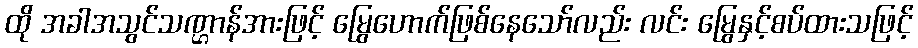
ထို အခါအသွင်သဏ္ဌာန်အားဖြင့် မြွေဟောက်ဖြစ်နေသော်လည်း လင်း မြွေနှင့်စပ်ထားသဖြင့်